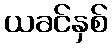
ယခင်နှစ်